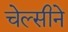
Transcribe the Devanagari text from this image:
चेल्सीने